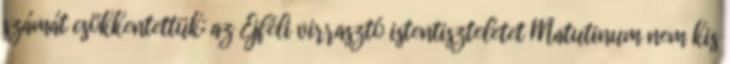
számát csökkentettük; az Éjféli virrasztó istentiszteletet Matutinum nem kis